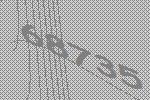
68735